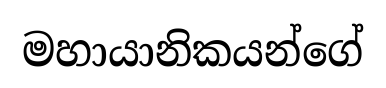
මහායානිකයන්ගේ